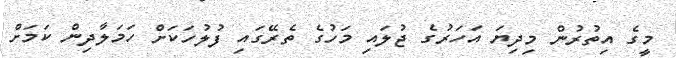
މީގެ އިތުރުން މިދިޔަ އަހަރުގެ ޖުލައި މަހުގެ ތެރޭގައި ފުލުހަކަށް ހަމަލާދިން ކަމަށް